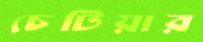
চেটিয়ার